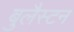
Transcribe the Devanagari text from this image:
बुलैस्टन